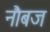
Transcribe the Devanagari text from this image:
नौबज